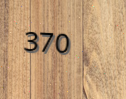
370